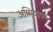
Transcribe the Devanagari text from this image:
अम्मियापन